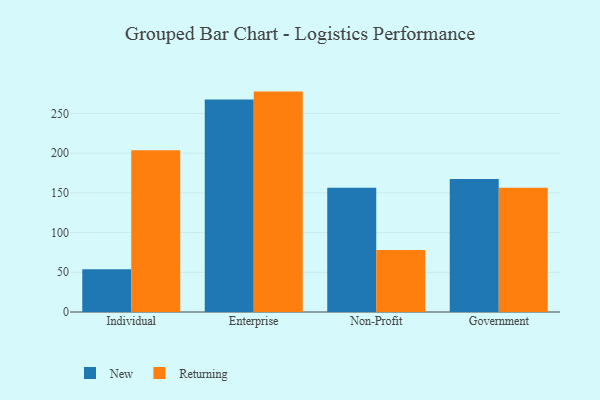
{"axis": {"x": "Segment", "y": "Gross Profit (USD K)"}, "legend": ["New", "Returning"], "data": [{"x": "Individual", "y": 53.9, "type": "New"}, {"x": "Individual", "y": 203.7, "type": "Returning"}, {"x": "Enterprise", "y": 267.7, "type": "New"}, {"x": "Enterprise", "y": 277.5, "type": "Returning"}, {"x": "Non-Profit", "y": 156.4, "type": "New"}, {"x": "Non-Profit", "y": 78.0, "type": "Returning"}, {"x": "Government", "y": 167.4, "type": "New"}, {"x": "Government", "y": 156.5, "type": "Returning"}]}